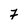
Character: Z